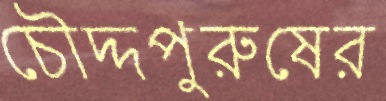
চৌদ্দপুরুষের